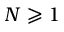
N \geqslant 1